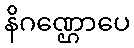
နိဂဏ္ဌောပေ